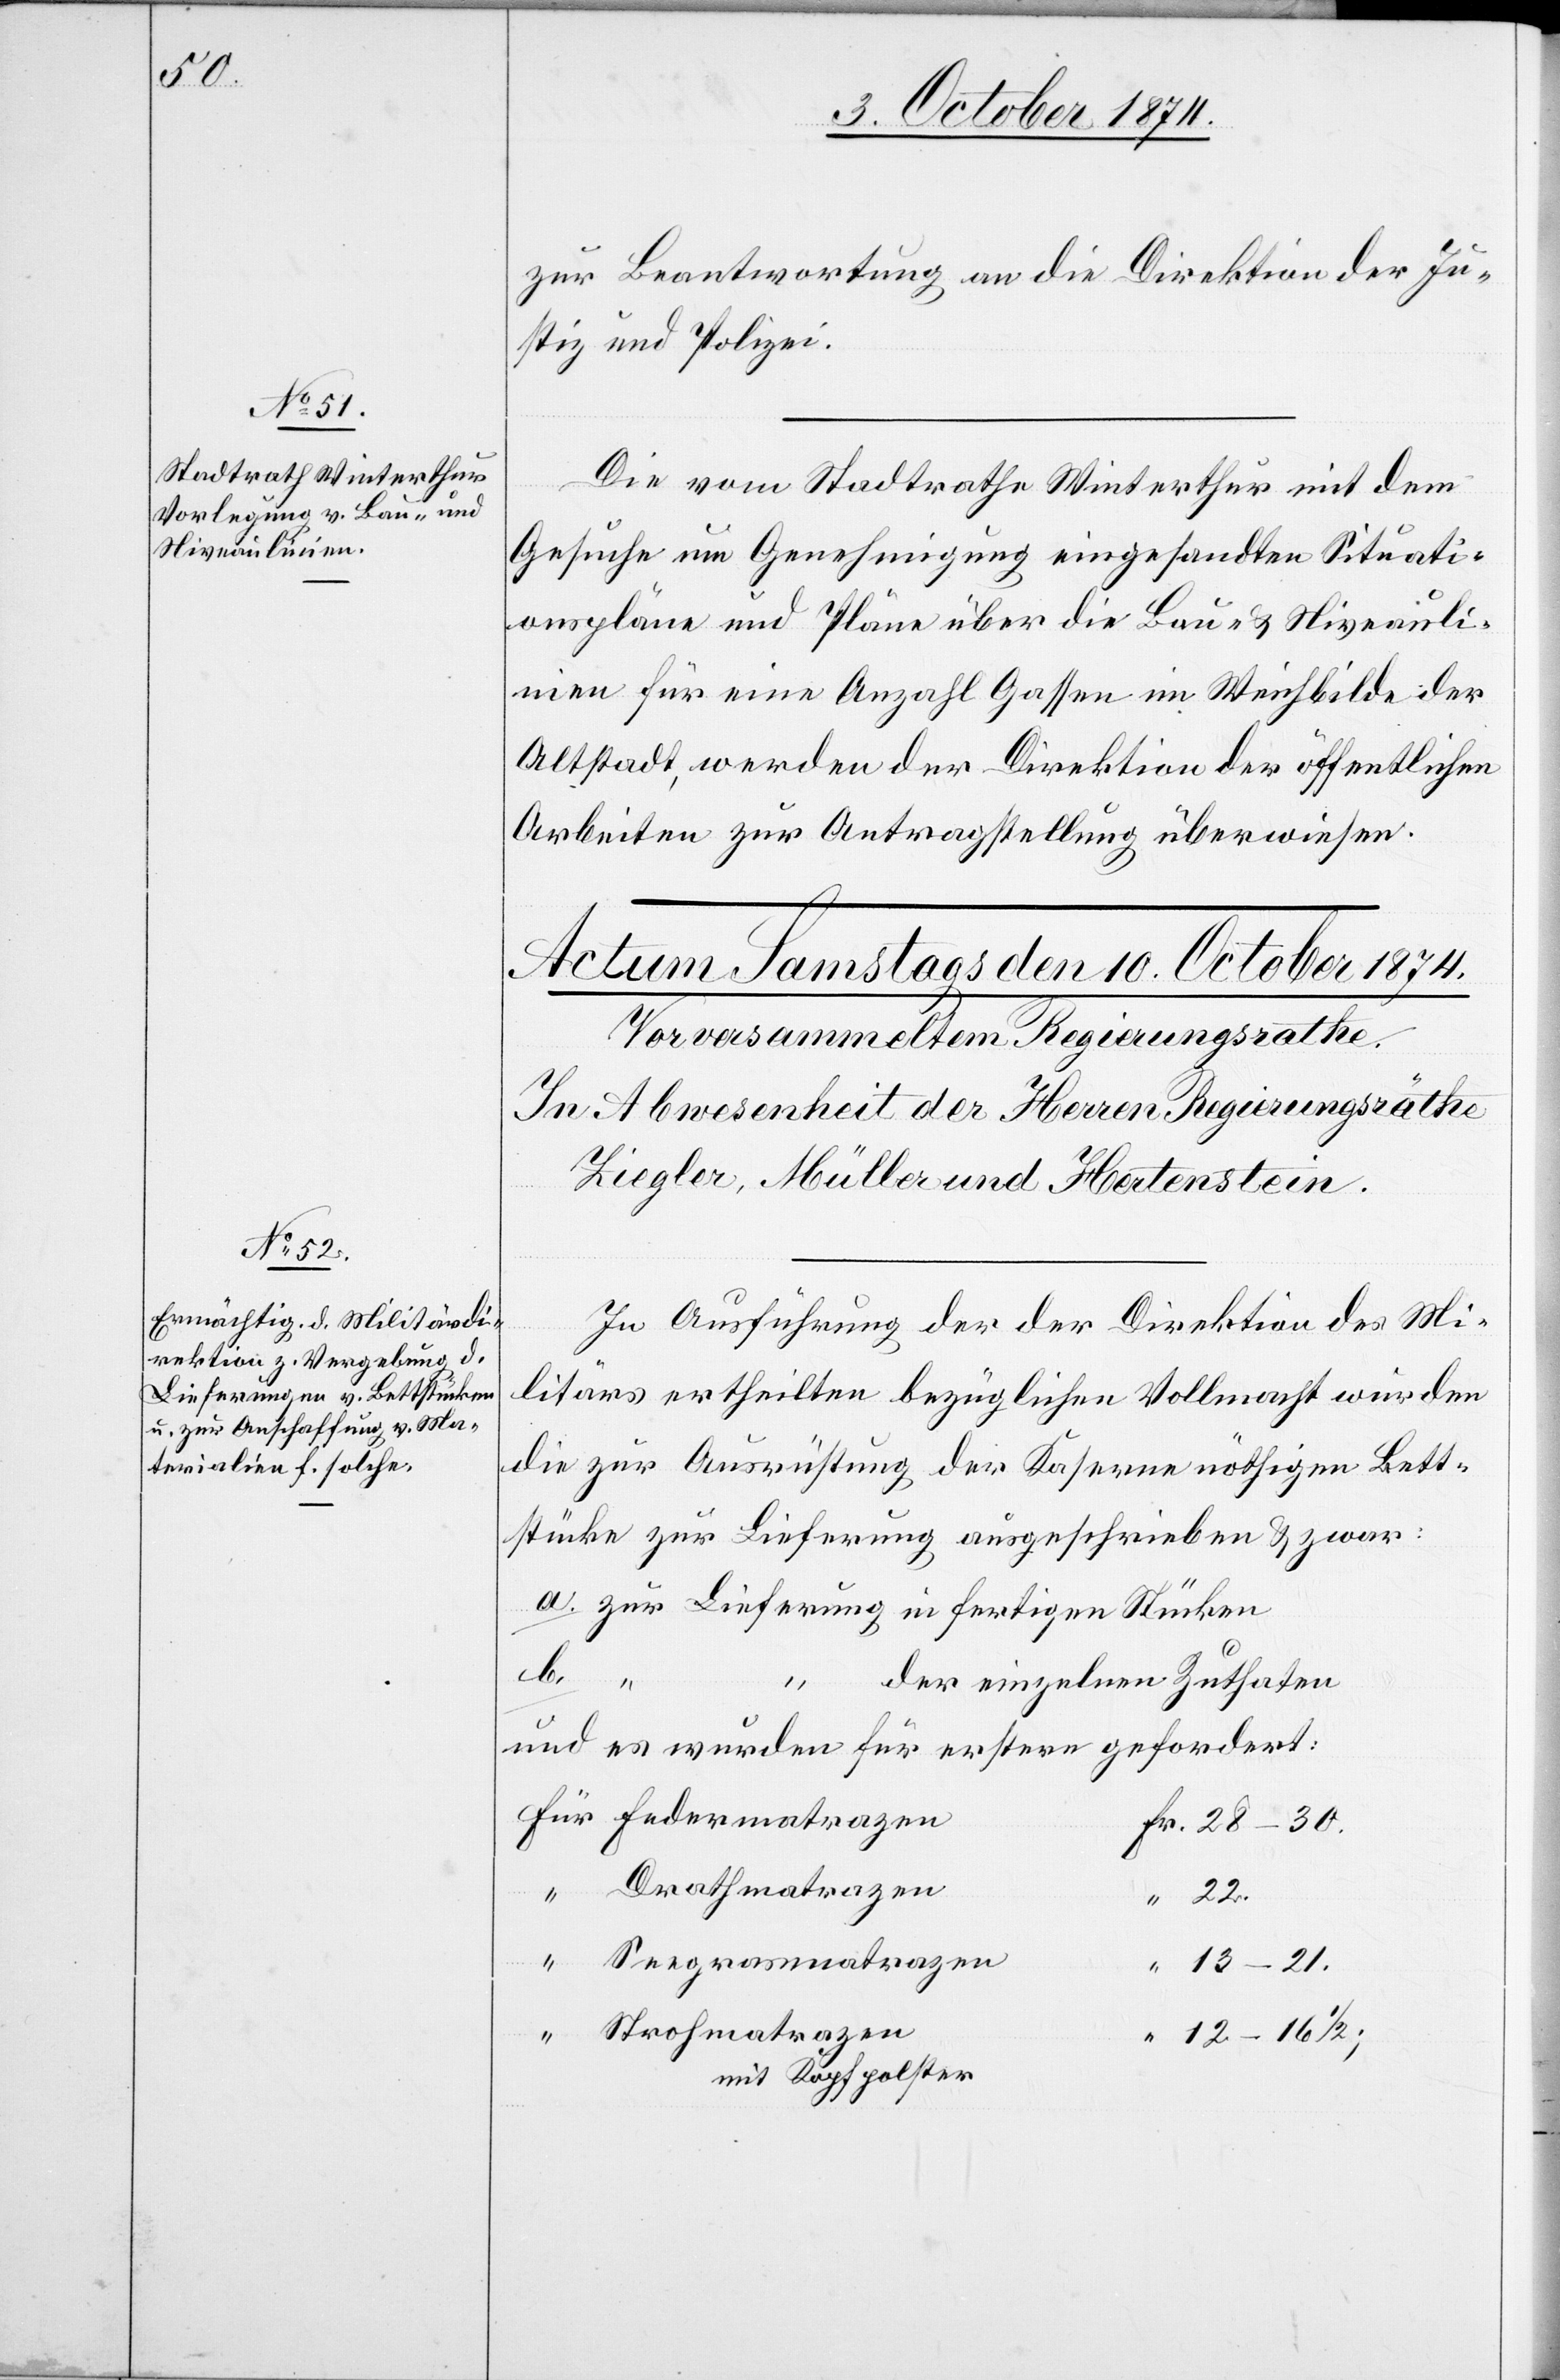
22

Fr.

9. October 1874.]
zur Beantwortung an die Direktion der Ju¬
stiz und Polizei.
Die vom Stadtrathe Winterthur mit dem
Gesuche um Genehmigung eingesandten Situati¬
onspläne und Pläne über die Bau- & Niveauli¬
nien für eine Anzahl Gassen im Weichbilde der
Altstadt, werden der Direktion der öffentlichen
Arbeiten zur Antragstellung überwiesen.
In Ausführung der der Direktion des Mi¬
litärs ertheilten bezüglichen Vollmacht wurden
die zur Ausrüstung der Kaserne nöthigen Bett¬
stücke zur Lieferung ausgeschrieben & zwar:
a. zur Lieferung in fertigen Stücken
b.
der einzelnen Zuthaten
und es wurden für erstere gefordert:
Drathmatrazen
Seegrasmatrazen
13–21.
Strohmatrazen
12–16 1/2;
mit Kopfpolster